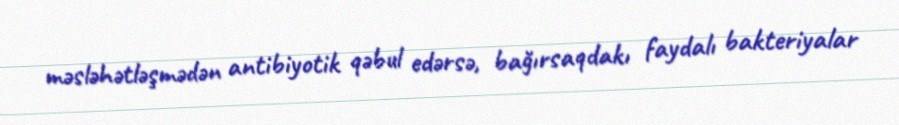
məsləhətləşmədən antibiyotik qəbul edərsə, bağırsaqdakı faydalı bakteriyalar